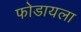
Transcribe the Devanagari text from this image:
फोडायला